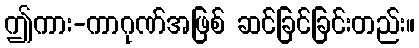
ဤကား-ကာဂုဏ်အဖြစ် ဆင်ခြင်ခြင်းတည်း။